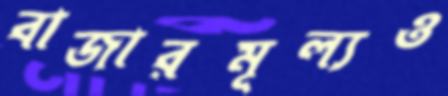
বাজারমূল্যও